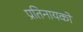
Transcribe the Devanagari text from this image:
प्रतिनायकों